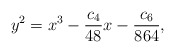
\begin{align*} y^2 = x^3 - \frac{c_4}{48} x - \frac{c_6}{864},\end{align*}